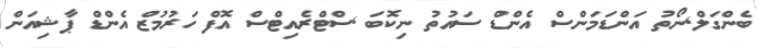
ބެންގަލް